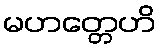
မဟတ္တေဟိ